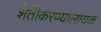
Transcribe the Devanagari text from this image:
शेतीकरण्यालायक